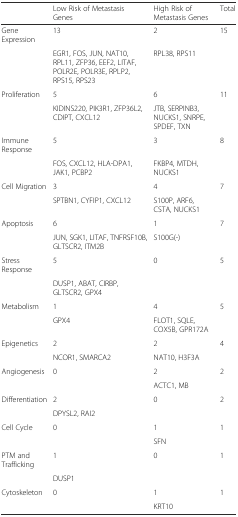
<table><thead><tr><td></td><td><b>Low Risk of Metastasis Genes</b></td><td><b>High Risk of Metastasis Genes</b></td><td><b>Total</b></td></tr></thead><tbody><tr><td>Gene Expression</td><td>13</td><td>2</td><td>15</td></tr><tr><td></td><td>EGR1, FOS, JUN, NAT10, RPL11, ZFP36, EEF2, LITAF, POLR2E, POLR3E, RPLP2, RPS15, RPS23</td><td>RPL38, RPS11</td><td></td></tr><tr><td>Proliferation</td><td>5</td><td>6</td><td>11</td></tr><tr><td></td><td>KIDINS220, PIK3R1, ZFP36L2, CDIPT, CXCL12</td><td>JTB, SERPINB3, NUCKS1, SNRPE, SPDEF, TXN</td><td></td></tr><tr><td>Immune Response</td><td>5</td><td>3</td><td>8</td></tr><tr><td></td><td>FOS, CXCL12, HLA-DPA1, JAK1, PCBP2</td><td>FKBP4, MTDH, NUCKS1</td><td></td></tr><tr><td>Cell Migration</td><td>3</td><td>4</td><td>7</td></tr><tr><td></td><td>SPTBN1, CYFIP1, CXCL12</td><td>S100P, ARF6, CSTA, NUCKS1</td><td></td></tr><tr><td>Apoptosis</td><td>6</td><td>1</td><td>7</td></tr><tr><td></td><td>JUN, SGK1, LITAF, TNFRSF10B, GLTSCR2, ITM2B</td><td>S100G(-)</td><td></td></tr><tr><td>Stress Response</td><td>5</td><td>0</td><td>5</td></tr><tr><td></td><td>DUSP1, ABAT, CIRBP, GLTSCR2, GPX4</td><td></td><td></td></tr><tr><td>Metabolism</td><td>1</td><td>4</td><td>5</td></tr><tr><td></td><td>GPX4</td><td>FLOT1, SQLE, COX5B, GPR172A</td><td></td></tr><tr><td>Epigenetics</td><td>2</td><td>2</td><td>4</td></tr><tr><td></td><td>NCOR1, SMARCA2</td><td>NAT10, H3F3A</td><td></td></tr><tr><td>Angiogenesis</td><td>0</td><td>2</td><td>2</td></tr><tr><td></td><td></td><td>ACTC1, MB</td><td></td></tr><tr><td>Differentiation</td><td>2</td><td>0</td><td>2</td></tr><tr><td></td><td>DPYSL2, RAI2</td><td></td><td></td></tr><tr><td>Cell Cycle</td><td>0</td><td>1</td><td>1</td></tr><tr><td></td><td></td><td>SFN</td><td></td></tr><tr><td>PTM and Trafficking</td><td>1</td><td>0</td><td>1</td></tr><tr><td></td><td>DUSP1</td><td></td><td></td></tr><tr><td>Cytoskeleton</td><td>0</td><td>1</td><td>1</td></tr><tr><td></td><td></td><td>KRT10</td><td></td></tr></tbody></table>